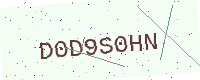
Text: D0D9S0HN